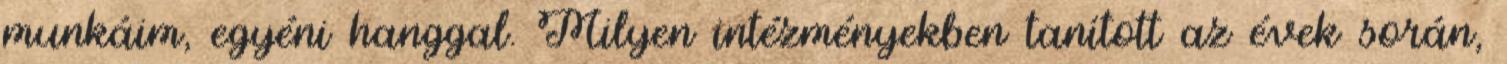
munkáim, egyéni hanggal. Milyen intézményekben tanított az évek során,